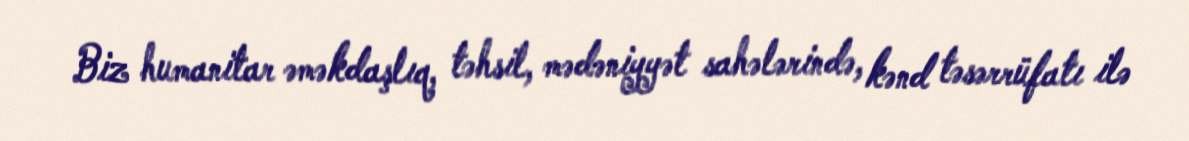
Biz humanitar əməkdaşlıq, təhsil, mədəniyyət sahələrində, kənd təsərrüfatı ilə